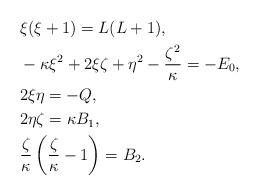
LaTeX: \begin{align*} &\xi(\xi+1) = L(L+1), \\ &- \kappa \xi^2 + 2\xi\zeta + \eta^2 - \frac{\zeta^2}{\kappa} = - E_0, \\ &2\xi\eta = -Q, \\ &2\eta\zeta = \kappa B_1, \\ &\frac{\zeta}{\kappa} \left(\frac{\zeta}{\kappa}-1\right) = B_2. \end{align*}